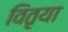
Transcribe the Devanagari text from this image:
वितृया